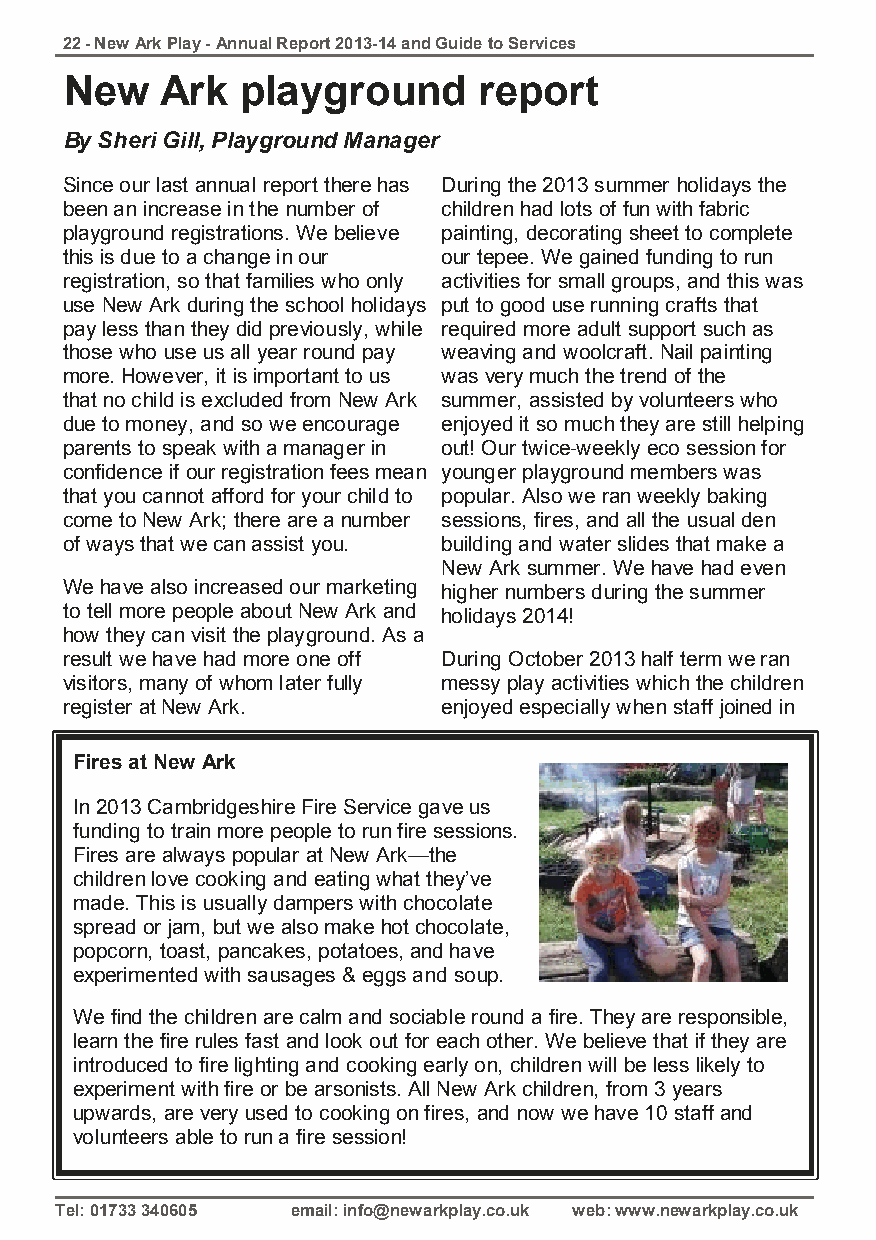
22 - New Ark Play - Annual Report 2013-14 and Guide to Services
 New    Ark  playground      report
 By Sheri Gill, Playground Manager
 Since our last annual report there has During the 2013 summer holidays the
 been an increase in the number of children had lots of fun with fabric
 playground registrations. We believe painting, decorating sheet to complete
 this is due to a change in our our tepee. We gained funding to run
 registration, so that families who only activities for small groups, and this was
 use New Ark during the school holidays put to good use running crafts that
 pay less than they did previously, while required more adult support such as
 those who use us all year round pay weaving and woolcraft. Nail painting
 more. However, it is important to us was very much the trend of the
 that no child is excluded from New Ark summer, assisted by volunteers who
 due to money, and so we encourage enjoyed it so much they are still helping
 parents to speak with a manager in out! Our twice-weekly eco session for
 confidence if our registration fees mean younger playground members was
 that you cannot afford for your child to popular. Also we ran weekly baking
 come to New Ark; there are a number sessions, fires, and all the usual den
 of ways that we can assist you. building and water slides that make a
 New Ark summer. We have had even
 We have also increased our marketing higher numbers during the summer
 to tell more people about New Ark and holidays 2014!
 how they can visit the playground. As a
 result we have had more one off During October 2013 half term we ran
 visitors, many of whom later fully messy play activities which the children
 register at New Ark.     enjoyed especially when staff joined in
 Fires at New Ark
 In 2013 Cambridgeshire Fire Service gave us
 funding to train more people to run fire sessions.
 Fires are always popular at New Ark—the
 children love cooking and eating what they’ve
 made. This is usually dampers with chocolate
 spread or jam, but we also make hot chocolate,
 popcorn, toast, pancakes, potatoes, and have
 experimented with sausages & eggs and soup.
 We find the children are calm and sociable round a fire. They are responsible,
 learn the fire rules fast and look out for each other. We believe that if they are
 introduced to fire lighting and cooking early on, children will be less likely to
 experiment with fire or be arsonists. All New Ark children, from 3 years
 upwards, are very used to cooking on fires, and now we have 10 staff and
 volunteers able to run a fire session!
 Tel: 01733 340605 email: info@newarkplay.co.uk web: www.newarkplay.co.uk